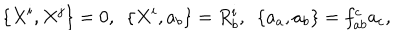
LaTeX: \{ X ^ { i } , X ^ { j } \} = 0 , \, \, \, \{ X ^ { i } , a _ { b } \} = R _ { b } ^ { i } , \, \, \, \{ a _ { a } , a _ { b } \} = f _ { a b } ^ { c } a _ { c } ,